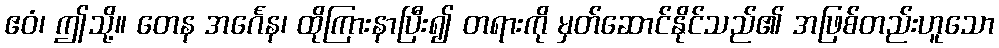
ဧဝံ၊ ဤသို့။ တေန အင်္ဂေန၊ ထိုကြားနာပြီး၍ တရားကို မှတ်ဆောင်နိုင်သည်၏ အဖြစ်တည်းဟူသော